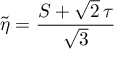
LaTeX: \tilde { \eta } = { \frac { S + \sqrt { 2 } \, \tau } { \sqrt { 3 } } }